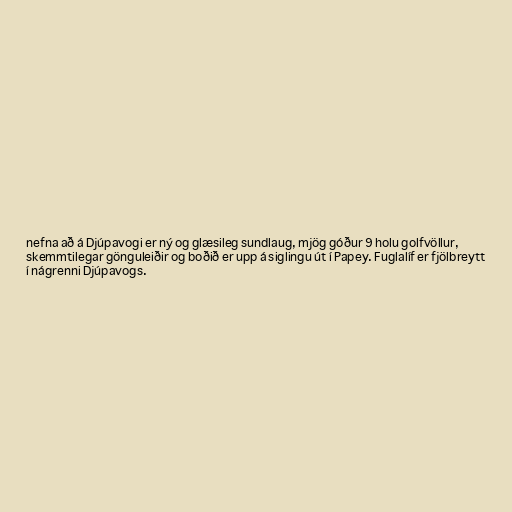
nefna að á Djúpavogi er ný og glæsileg sundlaug, mjög góður 9 holu golfvöllur,
skemmtilegar gönguleiðir og boðið er upp á siglingu út í Papey. Fuglalíf er fjölbreytt
í nágrenni Djúpavogs.